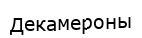
Декамероны